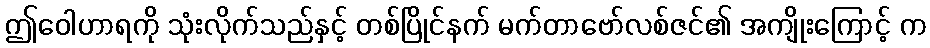
ဤဝေါဟာရကို သုံးလိုက်သည်နှင့် တစ်ပြိုင်နက် မက်တာဗော်လစ်ဇင်၏ အကျိုးကြောင့် က